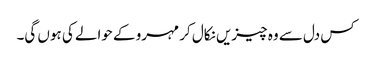
کس دل سے وہ چیزیں نکال کر مہرو کے حوالے کی ہوں گی۔